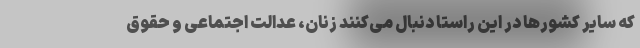
که سایر کشورها در این راستا دنبال می‌کنند زنان، عدالت اجتماعی و حقوق